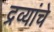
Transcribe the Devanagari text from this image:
द्रव्यांचे